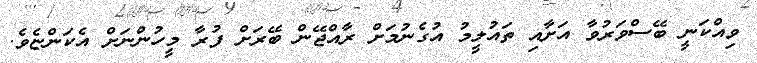
ވިއްކަނީ ބޭސްވަރުވާ އަށާއި ތައުލީމު އުގެނުމަށް ރާއްޖޭން ބޭރަށް ފުރާ މީހުންނަށް އެކަންޏެވެ.